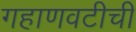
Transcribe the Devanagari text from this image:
गहाणवटीची